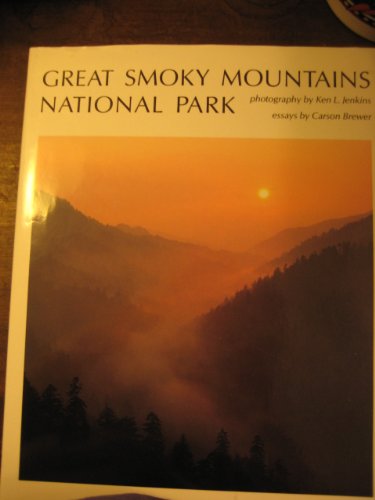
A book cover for Great Smoky Mountains National Park; Ken Jenkins; Travel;